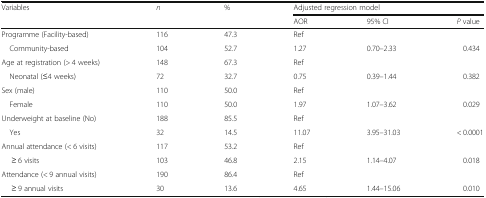
| <ROWSPAN=2> Variables | n | % | <COLSPAN=3> Adjusted regression model |
 |  |  | AOR | 95% CI | P value |
 | --- | --- | --- | --- | --- | --- |
 | Programme (Facility-based) | 116 | 47.3 | Ref |  |  |
 | Community-based | 104 | 52.7 | 1.27 | 0.70–2.33 | 0.434 |
 | Age at registration (> 4 weeks) | 148 | 67.3 | Ref |  |  |
 | Neonatal (≤4 weeks) | 72 | 32.7 | 0.75 | 0.39–1.44 | 0.382 |
 | Sex (male) | 110 | 50.0 | Ref |  |  |
 | Female | 110 | 50.0 | 1.97 | 1.07–3.62 | 0.029 |
 | Underweight at baseline (No) | 188 | 85.5 | Ref |  |  |
 | Yes | 32 | 14.5 | 11.07 | 3.95–31.03 | < 0.0001 |
 | Annual attendance (< 6 visits) | 117 | 53.2 | Ref |  |  |
 | ≥ 6 visits | 103 | 46.8 | 2.15 | 1.14–4.07 | 0.018 |
 | Attendance (< 9 annual visits) | 190 | 86.4 | Ref |  |  |
 | ≥ 9 annual visits | 30 | 13.6 | 4.65 | 1.44–15.06 | 0.010 |